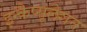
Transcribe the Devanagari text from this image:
इन्कैप्सूलेशन